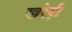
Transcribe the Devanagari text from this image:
खरेही